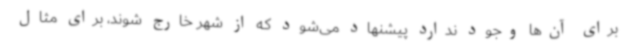
برای آن‌ها وجود ندارد پیشنهاد می‌شود که از شهر خارج شوند، برای مثال